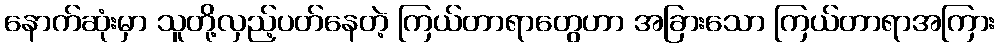
နောက်ဆုံးမှာ သူတို့လှည့်ပတ်နေတဲ့ ကြယ်တာရာတွေဟာ အခြားသော ကြယ်တာရာအကြား